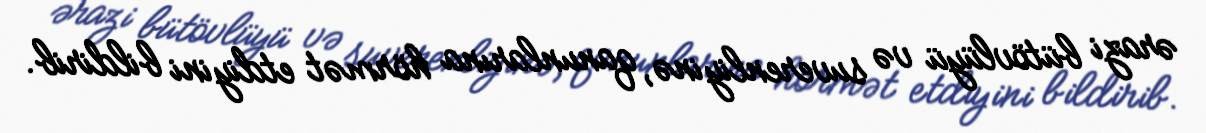
ərazi bütövlüyü və suverenliyinə, qanunlarına hörmət etdiyini bildirib.